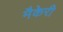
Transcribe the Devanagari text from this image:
मैकेरी